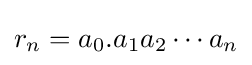
r_{n}=a_{0}.a_{1}a_{2}\cdots a_{n}